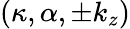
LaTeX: (\kappa,\alpha,\pm k_{z})